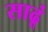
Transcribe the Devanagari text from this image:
साढूं